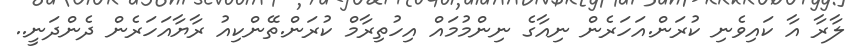
ލާރާ އާ ކައިވެނި ކުރަން.އަހަރެން ނިއާގެ ނިންމުމައް އިހުތިރާމް ކުރަން.ތޭންކިއު ރާޔާއަހަރެން ދެންދަނީ..